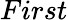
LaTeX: First